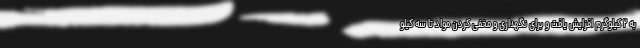
به ۲ کیلوگرم افزایش یافت و برای نگهداری و مخفی کردن مواد تا سه کیلو